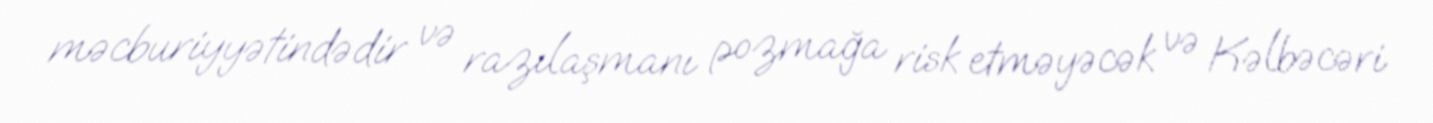
məcburiyyətindədir və razılaşmanı pozmağa risk etməyəcək və Kəlbəcəri